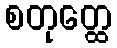
စတုတ္ထေ